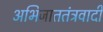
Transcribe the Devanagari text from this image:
अभिजाततंत्रवादी